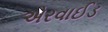
એરવાઈડ